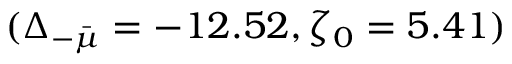
( \Delta _ { - \bar { \mu } } = - 1 2 . 5 2 , \zeta _ { 0 } = 5 . 4 1 )